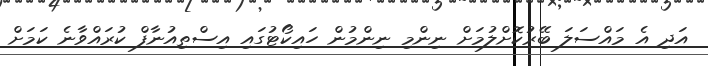
އަދި އެ މައްސަލަ ބޭރުކޮށްލުމަށް ނިންމި ނިންމުން ހައިކޯޓުގައި އިސްތިއުނާފް ކުރައްވާނެ ކަމަށް